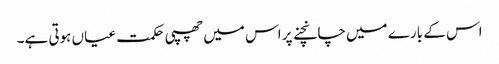
اس کے بارے میں چانچنے پر اس میں چھپی حکمت عیاں ہوتی ہے۔